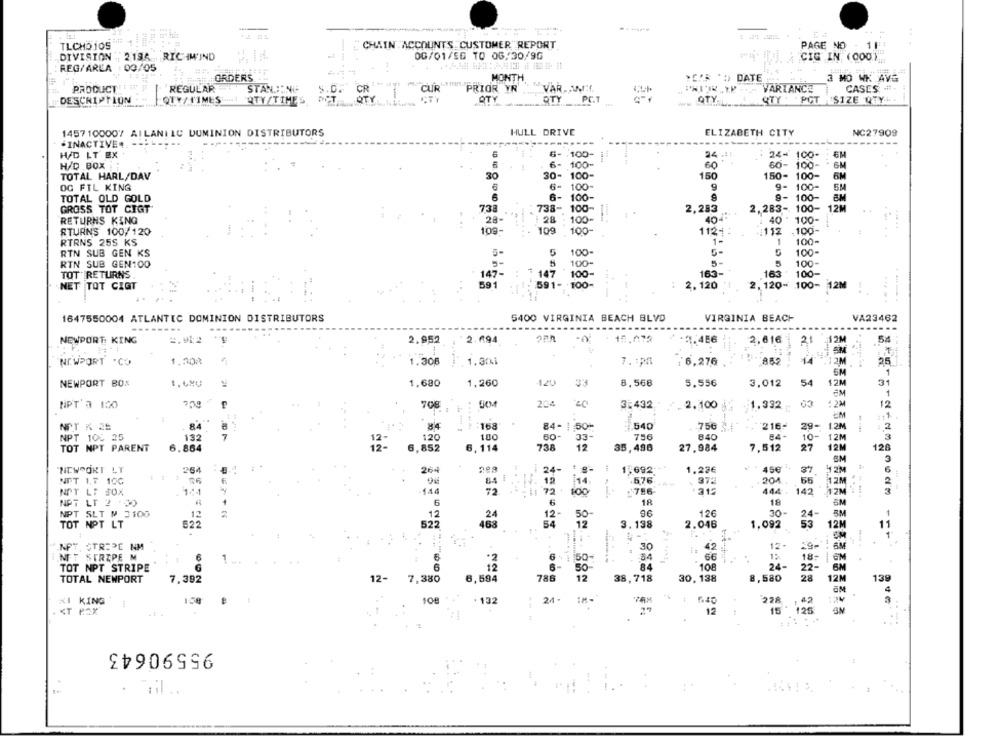
TLCHO 105
CHAIN ACCOUNTS CUSTOMER REPORT
PAGE NO
DIVISION . 219A . RIC IM'IND
0G/01/56 TO 06/30/9G
CIG IN (000)
REG/AREA : 00/05
ORDERS
MONTH
.E'R ' DATE
PRODUCT
REGULAR
STARLING
CUR
PRIOR YR
"VARLANCE
CASES ...
-
DESCRIPTION
QTW/ TIMES QTY TIME
OTY
OTY __ PC.T
OTY
STY . POT SIZE QTY.
1457 100007 AILANIIC DUMINION DISTRIBUTORS
HULL DRIVE
ELIZABETH CITY
NC27909
--------
.INACTIVE ..----
H/D LT EX
6-100-
24 .!!
24- 100-
6- 100-
60
60- 100-
H/D BOX
6M
TOTAL HARL/DAV
30
30- 100-
150
150- 100-
6M
OG FIL KING
6- 100
9
9- 100-
5M
TOTAL OLD GOLD
6
6- 100-
9- 100-
BM
GROSS TOT CIGT
738
738- 100-
12M
2,283
2,283- 100-
RETURNS KING
28-
100-
404
1 40
100-
109-
109
100-
112+
112 ,100-
RTURNS 100/120
RTRNS 25S KS
1-
1
100-
RTN SUB GEN KS
100-
100-
RIN SUB GEN100
100
5-
5
100
TOT RETURNS.
147-
147
100-
163-
163 " 100-
1. 591- 100-
NET TOT CIGT
591
2. 120 !
2, 120- 100- 12M
1647550004 ATLANTIC DOMINION DISTRIBUTORS
5400 VIRGINIA BEACH BLVD
VIRGINIA BEACH
VA23462
NEWPORT KING
4.912
2.952
2.994
2.466
2,616
21
54
NEWPORT .CO
1.008
1.305
.1.30
7. 1PM
: 6,276
852
14
12M
25
5M
NEWPORT BOS
1,480
1,680
1,260
420
33
8,568
5.556
3,012
54
12M
31
1
NPT'3 100
7,59
708
204
30
3:432
2.100
1.332
: 2M
12
NPT K 25
84
84
: : 168
......
84- 1 50
540
756
216-
29- 12M
: 2
NPT 100 25
132
12-
120
100
60-
33-
756
840
10-
12M
3
12M
120
TOT NPT PARENT
6.864
12-
6,852
6,114
738
12
35,496
27,984
7,512
27
BM
264
264
24-
45€
31
12M
6
"NEWPORT LT
1,692
1.22€
NPT 1.7 10G
12
14.
.576
372
55
12M
-144
72
72
2786-
312
444
142
12M : 1
NOT L: 50%
8
NPT LT 2 ,00
6
6
18
18
SM
NPT SLT M 3100
12
12
12-
96
12€
30-
24-
BM
-
24
50-
TOT NOT LT
522
522
463
54
12
3.138
2.046
1,092
53
12M
11
EM
NPT. STRIPC NM
30
42
12.
6M
NET STRIPE M
6 %
54
66
18:
EM
1
6
6-
TOT NPT STRIPE
12
84
108
24-
22-
TOTAL NEWPORT
7.392
12-
7,380
6,594
786
12
38,718
30,138
8,580
28
12M
139
KI KING
150
10
132
24 -
228
1
15 125
KT P.AX
12
95590643